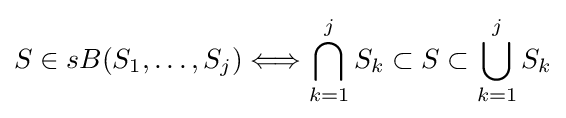
S\in sB(S_{1},\ldots ,S_{j})\Longleftrightarrow \bigcap _{k=1}^{j}S_{k}\subset S\subset \bigcup _{k=1}^{j}S_{k}